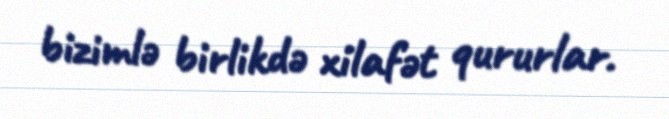
bizimlə birlikdə xilafət qururlar.